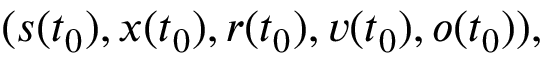
( s ( t _ { 0 } ) , x ( t _ { 0 } ) , r ( t _ { 0 } ) , v ( t _ { 0 } ) , o ( t _ { 0 } ) ) ,